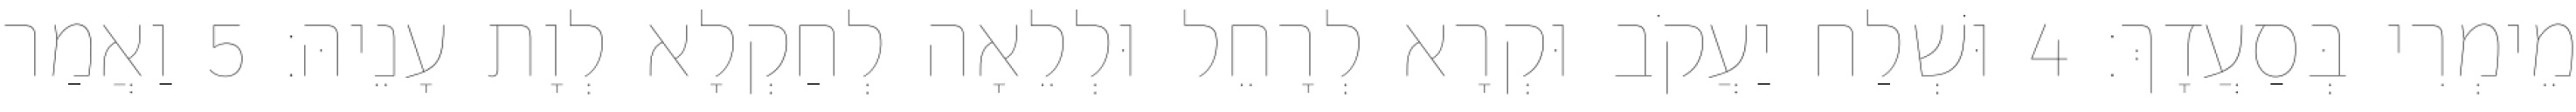
מֵימְרִי בְּסַעֲדָךְ׃ 4 וּשְׁלַח יַעֲקֹב וּקְרָא לְרָחֵל וּלְלֵאָה לְחַקְלָא לְוָת עָנֵיהּ׃ 5 וַאֲמַר